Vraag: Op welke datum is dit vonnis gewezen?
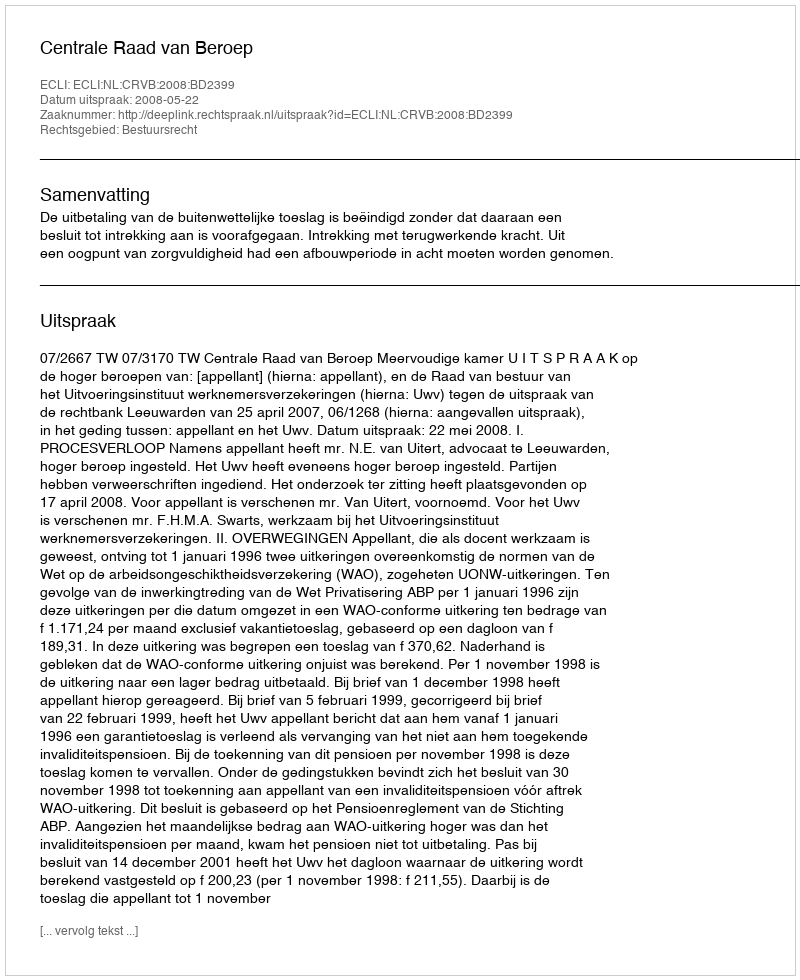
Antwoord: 2008-05-22